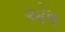
એષ